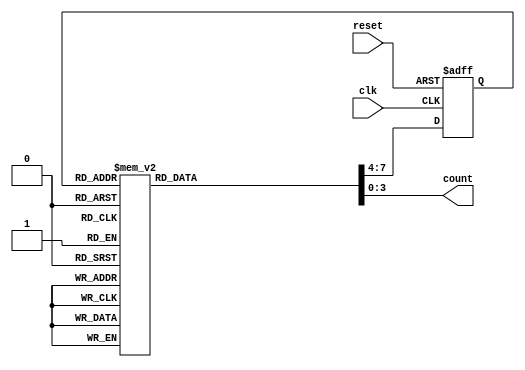
module bcd (clk, reset, count);
  input clk, reset;
  output [3:0] count;
  reg [3:0] count;
  reg [3:0] current_state;
  reg [3:0] next_state;
  parameter ZERO = 4'b0000, ONE = 4'b0001, TWO = 4'b0010, THREE = 4'b0011,
            FOUR = 4'b0100, FIVE = 4'b0101, SIX = 4'b0110, SEVEN = 4'b0111,
            EIGHT = 4'b1000, NINE = 4'b1001;

  always @(posedge clk or posedge reset)
  begin
    if (reset) 
      current_state <= ZERO;
    else 
      current_state <= next_state;
  end

  always @(current_state)
  begin
    case (current_state)
      ZERO: begin
        count = ZERO;  
        next_state = ONE;
      end
      ONE: begin
        count = ONE;   
        next_state = TWO;
      end
      TWO: begin
        count = TWO;   
        next_state = THREE;
      end
      THREE: begin
        count = THREE;   
        next_state = FOUR;
      end
      FOUR: begin
        count = FOUR;  
        next_state = FIVE;
      end
      FIVE: begin
        count = FIVE;  
        next_state = SIX;
      end
      SIX: begin
        count = SIX;   
        next_state = SEVEN;
      end
      SEVEN: begin
        count = SEVEN; 
        next_state = EIGHT;
      end
      EIGHT: begin
        count = EIGHT; 
        next_state = NINE;
      end
      NINE: begin
        count = NINE;  
        next_state = ZERO;
      end
      default: begin 
        count = 4'b1111; 
        next_state = ZERO;
      end
    endcase
  end
endmodule